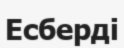
Есберді